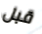
قبل